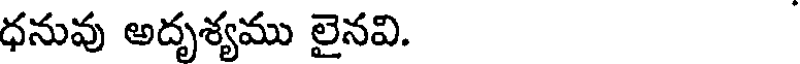
ధనువు అదృశ్యము లైనవి.